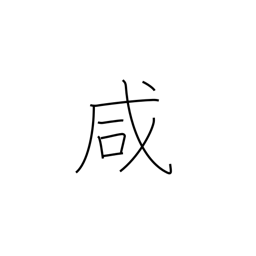
Meaning: same